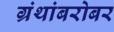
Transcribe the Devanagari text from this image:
ग्रंथांबरोबर